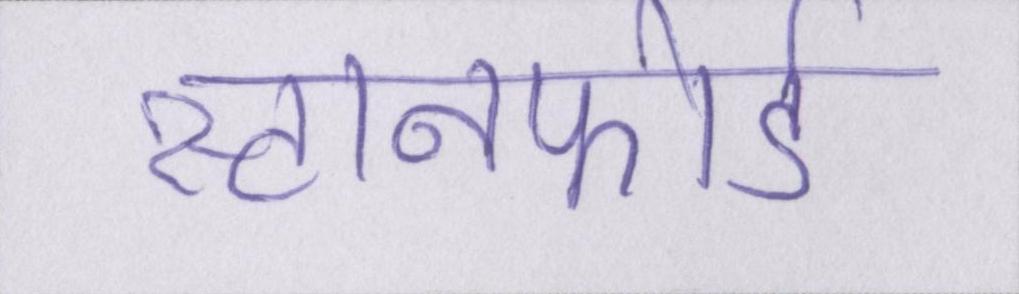
स्टानफोर्ड